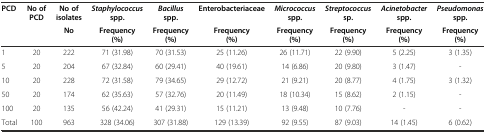
<table><thead><tr><td rowspan="2"><b>PCD</b></td><td rowspan="2"><b>No of PCD</b></td><td><b>No of isolates</b></td><td><b><i>Staphylococcus</i>spp.</b></td><td><b><i>Bacillus</i>spp.</b></td><td><b>Enterobacteriaceae</b></td><td><b><i>Micrococcus</i>spp.</b></td><td><b><i>Streptococcus</i>sp.</b></td><td><b><i>Acinetobacter</i>spp.</b></td><td><b><i>Pseudomonas</i>spp.</b></td></tr><tr><td><b>No</b></td><td><b>Frequency (%)</b></td><td><b>Frequency (%)</b></td><td><b>Frequency (%)</b></td><td><b>Frequency (%)</b></td><td><b>Frequency (%)</b></td><td><b>Frequency (%)</b></td><td><b>Frequency (%)</b></td></tr></thead><tbody><tr><td>1</td><td>20</td><td>222</td><td>71 (31.98)</td><td>70 (31.53)</td><td>25 (11.26)</td><td>26 (11.71)</td><td>22 (9.90)</td><td>5 (2.25)</td><td>3 (1.35)</td></tr><tr><td>5</td><td>20</td><td>204</td><td>67 (32.84)</td><td>60 (29.41)</td><td>40 (19.61)</td><td>14 (6.86)</td><td>20 (9.80)</td><td>3 (1.47)</td><td>-</td></tr><tr><td>10</td><td>20</td><td>228</td><td>72 (31.58)</td><td>79 (34.65)</td><td>29 (12.72)</td><td>21 (9.21)</td><td>20 (8.77)</td><td>4 (1.75)</td><td>3 (1.32)</td></tr><tr><td>50</td><td>20</td><td>174</td><td>62 (35.63)</td><td>57 (32.76)</td><td>20 (11.49)</td><td>18 (10.34)</td><td>15 (8.62)</td><td>2 (1.15)</td><td>-</td></tr><tr><td>100</td><td>20</td><td>135</td><td>56 (42.24)</td><td>41 (29.31)</td><td>15 (11.21)</td><td>13 (9.48)</td><td>10 (7.76)</td><td>-</td><td>-</td></tr><tr><td>Total</td><td>100</td><td>963</td><td>328 (34.06)</td><td>307 (31.88)</td><td>129 (13.39)</td><td>92 (9.55)</td><td>87 (9.03)</td><td>14 (1.45)</td><td>6 (0.62)</td></tr></tbody></table>